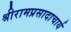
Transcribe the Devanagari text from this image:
श्रीरामप्रसादाचार्य